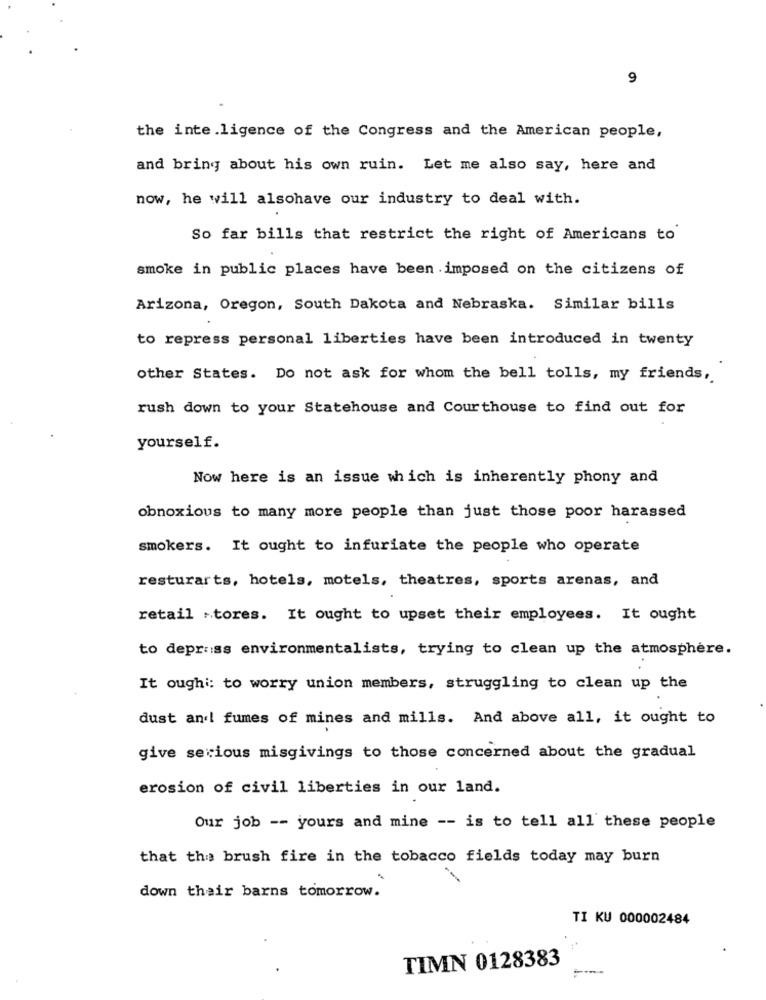
9
the inte ligence of the Congress and the American people,
and bring about his own ruin. Let me also say, here and
now, he will alsohave our industry to deal with.
So far bills that restrict the right of Americans to
smoke in public places have been imposed on the citizens of
Arizona, Oregon, South Dakota and Nebraska. Similar bills
to repress personal liberties have been introduced in twenty
other States. Do not ask for whom the bell tolls, my friends,
rush down to your Statehouse and Courthouse to find out for
yourself.
Now here is an issue which is inherently phony and
obnoxious to many more people than just those poor harassed
smokers. It ought to infuriate the people who operate
resturarts, hotels, motels, theatres, sports arenas, and
retail stores. It ought to upset their employees. It ought
to deprass environmentalists, trying to clean up the atmosphere.
It oughi: to worry union members, struggling to clean up the
dust and! fumes of mines and mills. And above all, it ought to
give serious misgivings to those concerned about the gradual
erosion of civil liberties in our land.
Our job -- yours and mine -- is to tell all these people
that the brush fire in the tobacco fields today may burn
down their barns tomorrow.
TI KU 000002484
TIMN 0128383